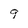
Character: 9